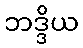
ဘဒ္ဒိယ